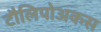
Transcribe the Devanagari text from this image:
टौलिपोअकस